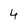
Character: 4